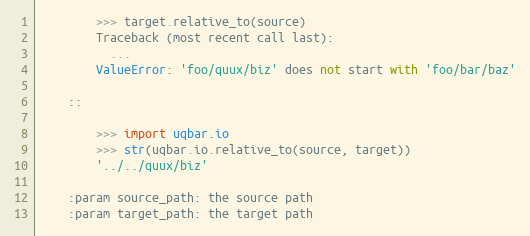
Language: Python
        >>> target.relative_to(source)
        Traceback (most recent call last):
          ...
        ValueError: 'foo/quux/biz' does not start with 'foo/bar/baz'

    ::

        >>> import uqbar.io
        >>> str(uqbar.io.relative_to(source, target))
        '../../quux/biz'

    :param source_path: the source path
    :param target_path: the target path